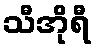
သီအိုရီ